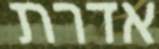
אדרת